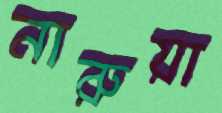
নারুয়া